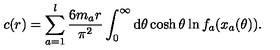
c ( r ) = \sum _ { a = 1 } ^ { l } \frac { 6 m _ { a } r } { \pi ^ { 2 } } \int _ { 0 } ^ { \infty } \mathrm { d } \theta \cosh \theta \ln f _ { a } ( x _ { a } ( \theta ) ) .